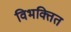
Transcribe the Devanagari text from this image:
विभक्तित